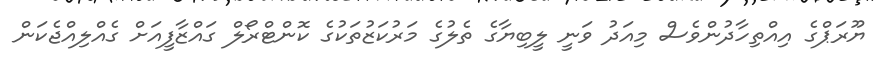
ޔޫރަޕްގެ އިއްތިހާދުންވެސް މިއަދު ވަނީ ލީބިޔާގެ ތެލުގެ މަރުކަޒުތަކުގެ ކޮންޓްރޯލް ގައްޒާފީއަށް ގެއްލިއްޖެކަން